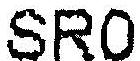
SR0